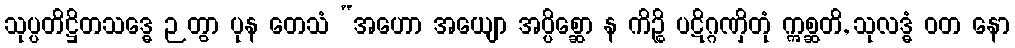
သုပ္ပတိဋ္ဌိတသဒ္ဓေ ဉတွာ ပုန တေသံ “အဟော အယျော အပ္ပိစ္ဆော န ကိဉ္စိ ပဋိဂ္ဂဏှိတုံ ဣစ္ဆတိ, သုလဒ္ဓံ ဝတ နော